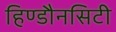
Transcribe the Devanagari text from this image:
हिण्डौनसिटी